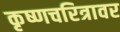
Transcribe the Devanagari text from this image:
कृष्णचरित्रावर